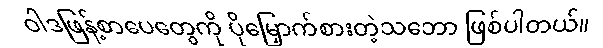
ဝါဒဖြန့်စာပေတွေကို ပိုမြှောက်စားတဲ့သဘော ဖြစ်ပါတယ်။